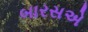
બારસએ